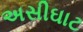
અસીઘાટ